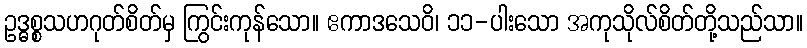
ဥဒ္ဓစ္စသဟဂုတ်စိတ်မှ ကြွင်းကုန်သော။ ဧကာဒသေဝိ၊ ၁၁-ပါးသော အကုသိုလ်စိတ်တို့သည်သာ။